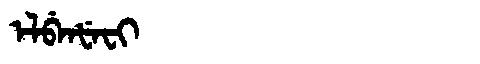
Manchu: ᡝᠯᠪᡝᠨᡶᡝᠸᡳ
Romanization: ELBENFEFI